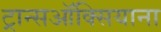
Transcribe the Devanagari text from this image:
ट्रान्सऑक्सियाना